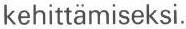
kehittämiseksi.